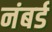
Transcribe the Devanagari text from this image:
नंबर्ड